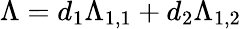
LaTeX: \Lambda=d_{1}\Lambda_{1,1}+d_{2}\Lambda_{1,2}